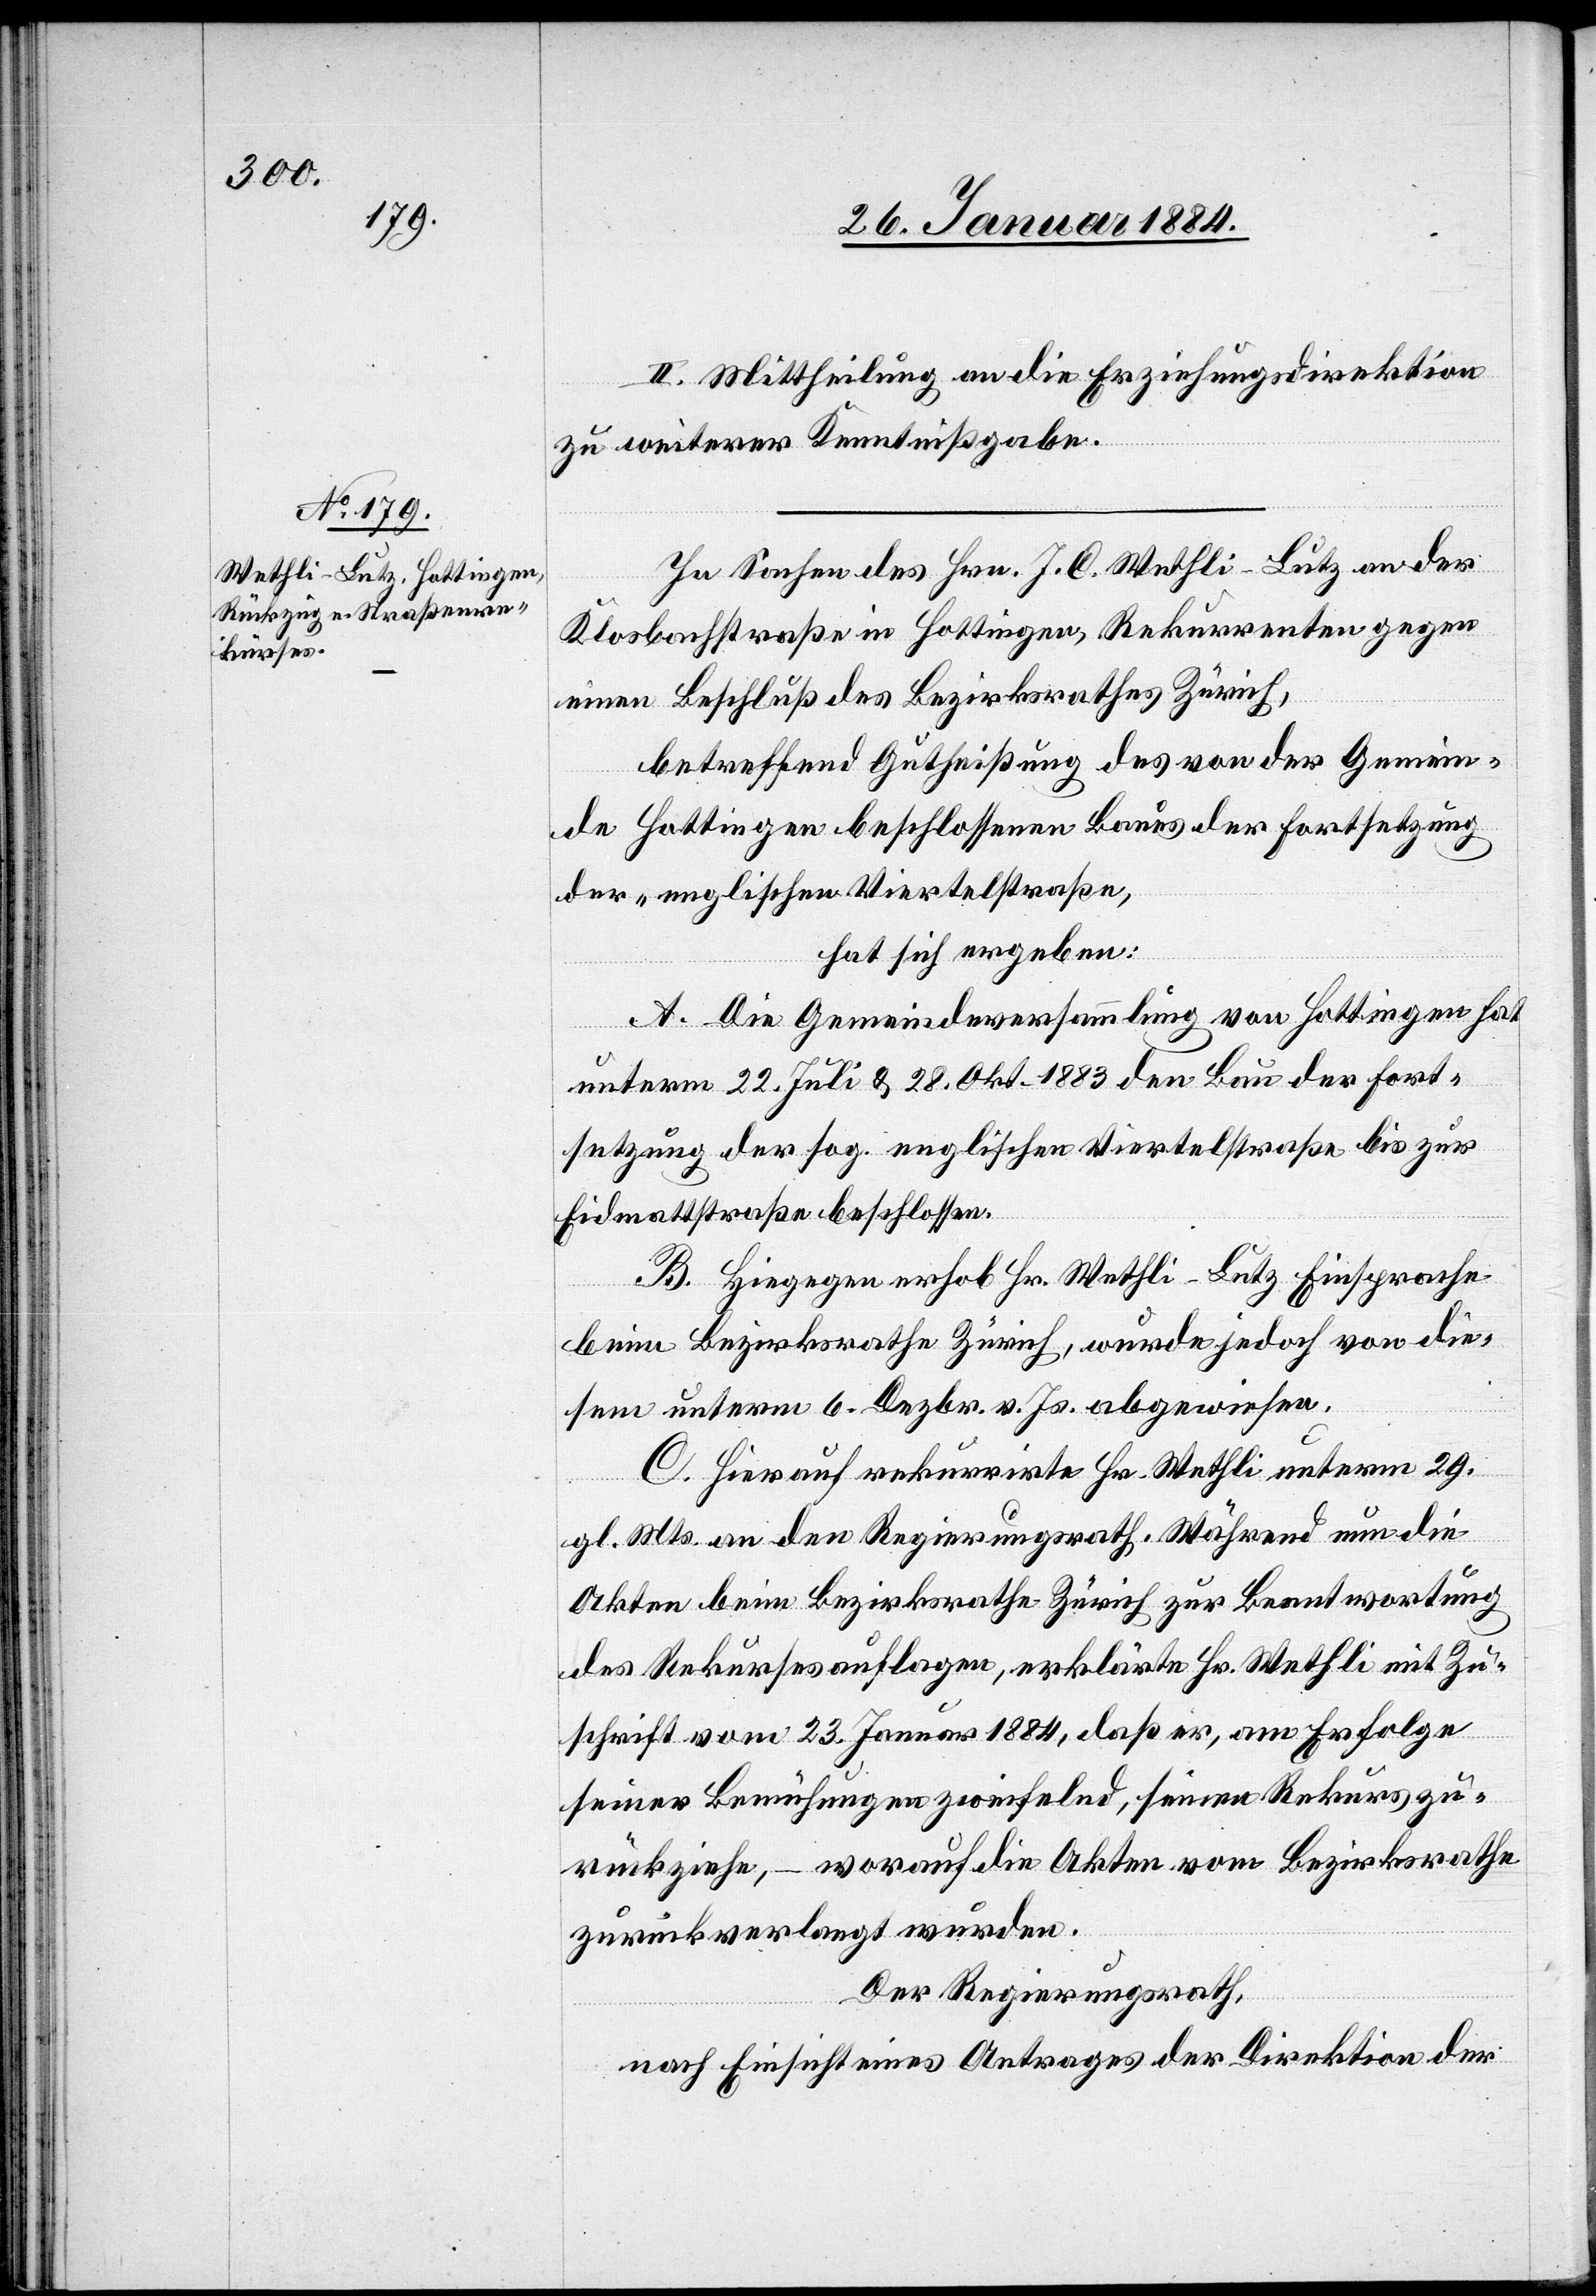
II. Mittheilung an die Erziehungsdirektion
zu weiterer Kenntnißgabe.
In Sachen des Hrn. J. C. Wethli-Lutz an der
Klosbachstraße in Hottingen, Rekurrenten gegen
einen Beschluß des Bezirksrathes Zürich,
betreffend Gutheißung des von der Gemein¬
de Hottingen beschlossenen Baues der Fortsetzung
der „englischen Viertelstraße“,
hat sich ergeben:
A. Die Gemeindeversammlung von Hottingen hat
unterm, 22. Juli & 28. Okt. 1883 den Bau der Fort¬
setzung der sog. englischen Viertelstraße bis zur
Eidmattstraße beschlossen.
B. Hiegegen erhob Hr. Wethli-Lutz Einsprache
beim Bezirksrathe Zürich, wurde jedoch von die¬
sem unterm 6. Dezbr. v. Js. abgewiesen.
C. Hierauf rekurrierte Hr. Wethli unterm 29.
gl. Mts. an den Regierungsrath. Während nun die
Akten beim Bezirksrathe Zürich zur Beantwortung
des Rekurses auflagen, erklärte Hr. Wethli mit Zu¬
schrift vom 23. Januar 1884, daß er, am Erfolge
seiner Bemühungen zweifelnd, seinen Rekurs zu¬
rückziehe, – worauf die Akten vom Bezirksrathe
zurückverlangt wurden.
Der Regierungsrath,
nach Einsicht eines Antrages der Direktion der